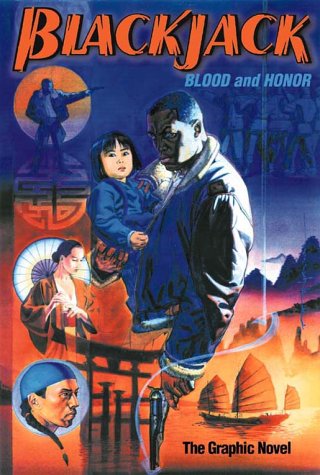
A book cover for Blackjack: Blood and Honor, The Graphic Novel; Alex Simmons; Humor & Entertainment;